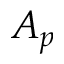
A _ { p }